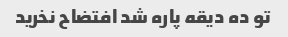
تو ده دیقه پاره شد افتضاح نخرید